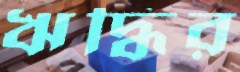
ঋদ্ধির